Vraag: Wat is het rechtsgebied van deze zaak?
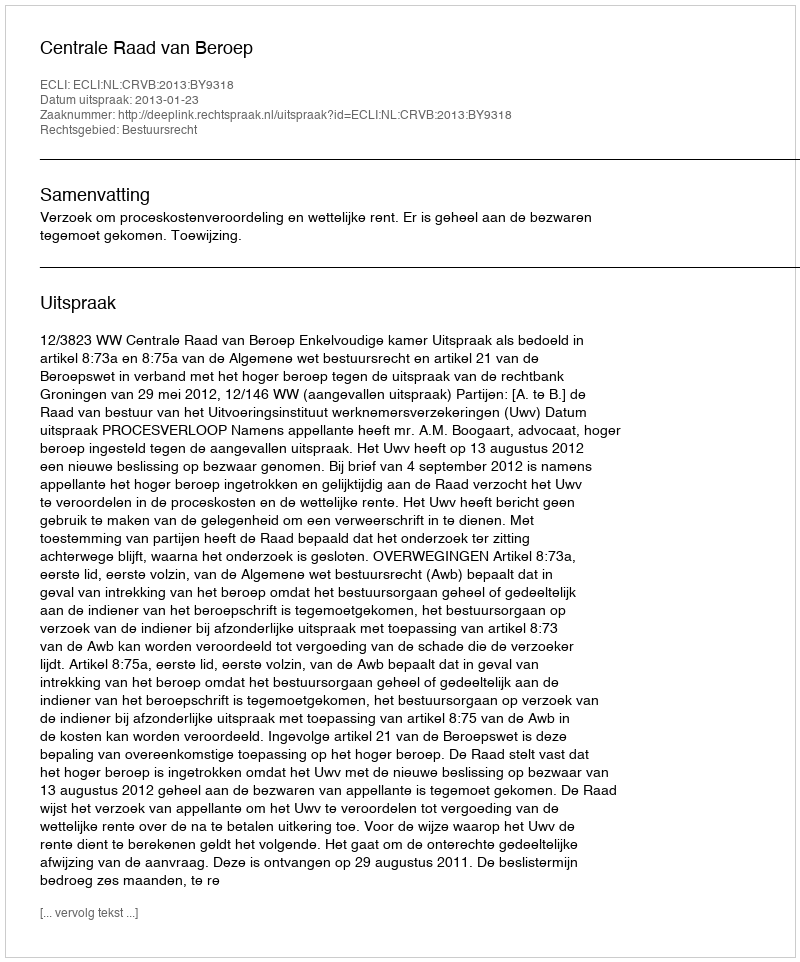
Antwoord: Bestuursrecht